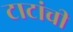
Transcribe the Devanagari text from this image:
टाटांची